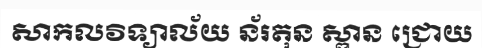
សាកលវិទ្យាល័យ ន័រតុន ស្ពាន ជ្រោយ